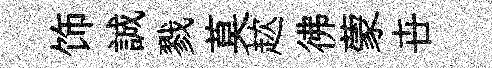
饰誠戮莫趑彿蒙卋